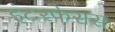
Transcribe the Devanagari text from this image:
इंटरफेसस